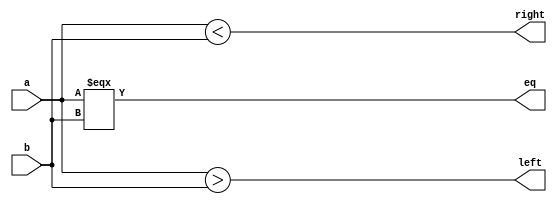
`timescale 1ns / 1ps
//////////////////////////////////////////////////////////////////////////////////
// Company: 
// 
// Design Name: N-bit Comparator
// Module Name: Nbit_Comparator
// Project Name: N-bit Comparator 
// Target Devices: 
// Tool Versions: Vivado 2020.2.2
// Description: 
// 
// Dependencies: 
// 
// Revision:
// Revision 0.01 - File Created
// Additional Comments:
// 
//////////////////////////////////////////////////////////////////////////////////


module Nbit_Comparator #(parameter size = 4)(
    eq, 
    left, 
    right,
    a,
    b    
    );
    
    output eq;
    output left;
    output right;
    input [size-1:0]a;
    input [size-1:0]b;
    
    assign eq = (a===b);
    assign left = (a>b);
    assign right = (a<b);
endmodule